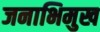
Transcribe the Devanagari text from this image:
जनाभिमुख